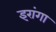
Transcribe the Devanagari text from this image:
इरांगा